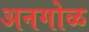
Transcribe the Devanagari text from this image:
अनगोळ